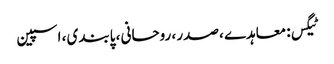
ٹیگس: معاہدے ، صدر ، روحانی ، پابندی ، اسپین